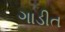
ગાડીત